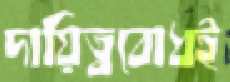
দায়িত্ববোধই